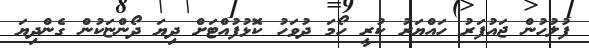
ފުލުހުން ޖައުފަރު ހައްޔަރު ކުރީ ހޯމަ ދުވަހު ކޮޅުފުއްޓަށް ދިޔަ ދޯންޏަކުން ގެންދިޔަ